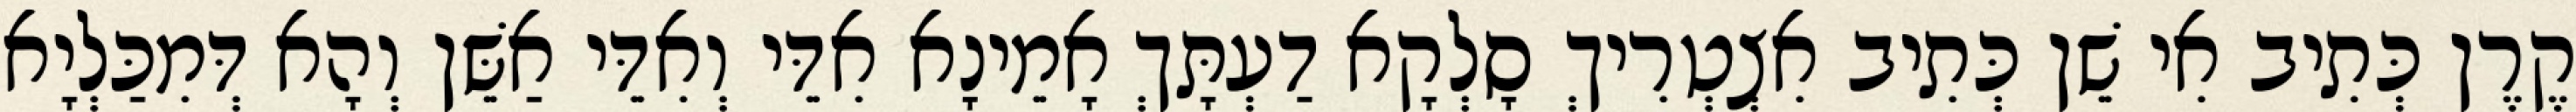
קֶרֶן כְּתִיב אִי שֵׁן כְּתִיב אִצְטְרִיךְ סָלְקָא דַעְתָּךְ אָמֵינָא אִדֵּי וְאִדֵּי אַשֵּׁן וְהָא דְּמִכַּלְיָא